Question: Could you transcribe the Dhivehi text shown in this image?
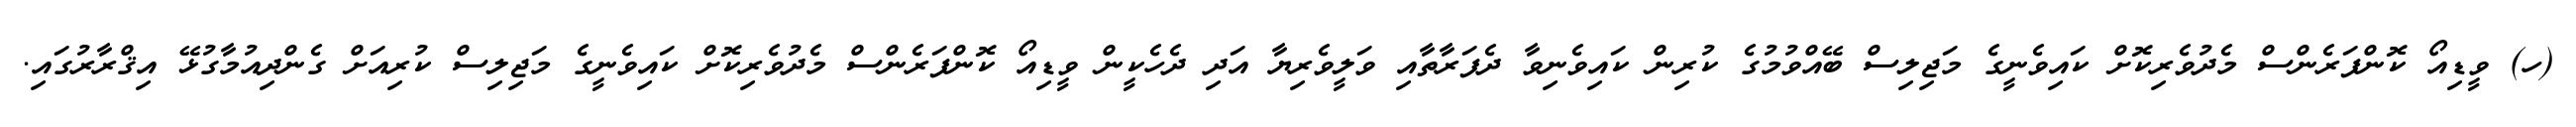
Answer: (ހ) ވީޑިއޯ ކޮންފަރެންސް މެދުވެރިކޮށް ކައިވެނީގެ މަޖިލިސް ބޭއްވުމުގެ ކުރިން ކައިވެނިވާ ދެފަރާތާއި ވަލީވެރިޔާ އަދި ދެހެކީން ވީޑިއޯ ކޮންފަރެންސް މެދުވެރިކޮށް ކައިވެނީގެ މަޖިލިސް ކުރިއަށް ގެންދިއުމާގުޅޭ އިޤްރާރުގައި.